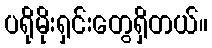
ပရိုမိုးရှင်းတွေရှိတယ်။